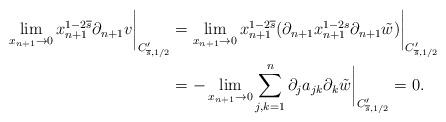
LaTeX: \begin{align*}\lim_{x_{n+1}\rightarrow0}x_{n+1}^{1-2\overline{s}}\partial_{n+1}v\bigg|_{C_{\overline{s},1/2}'} & =\lim_{x_{n+1}\rightarrow0}x_{n+1}^{1-2\overline{s}}(\partial_{n+1}x_{n+1}^{1-2s}\partial_{n+1}\tilde{w})\bigg|_{C_{\overline{s},1/2}'}\\ & =-\lim_{x_{n+1}\rightarrow0}\sum_{j,k=1}^{n}\partial_{j}a_{jk}\partial_{k}\tilde{w}\bigg|_{C_{\overline{s},1/2}'}=0.\end{align*}